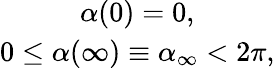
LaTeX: \begin{array}{c}{{\alpha(0)=0,}}\\ {{0\leq\alpha(\infty)\equiv\alpha_{\infty}<2\pi,}}\end{array}